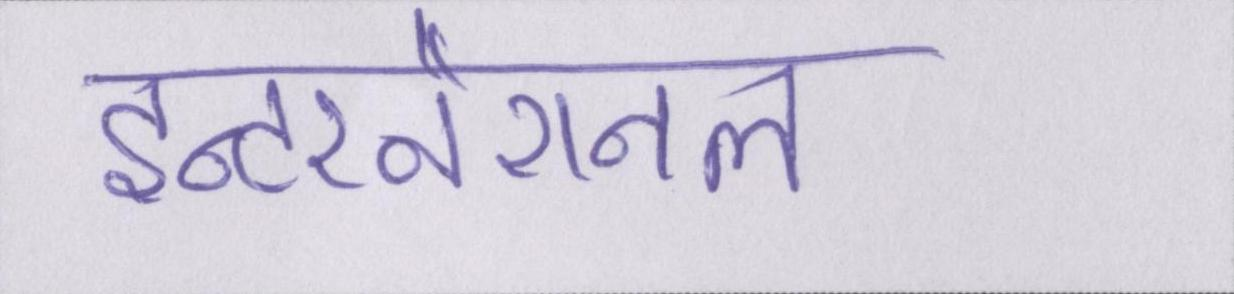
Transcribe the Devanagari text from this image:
इन्टरनैशनल